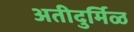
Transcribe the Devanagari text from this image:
अतीदुर्मिळ